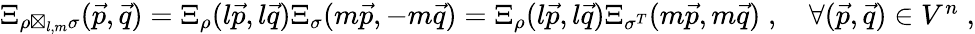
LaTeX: \begin{array}{r}{\Xi_{\rho\boxtimes_{l,m}\sigma}(\vec{p},\vec{q})=\Xi_{\rho}(l\vec{p},l\vec{q})\Xi_{\sigma}(m\vec{p},-m\vec{q})=\Xi_{\rho}(l\vec{p},l\vec{q})\Xi_{\sigma^{T}}(m\vec{p},m\vec{q})\; ,\quad\forall(\vec{p},\vec{q})\in V^{n}\; ,}\end{array}